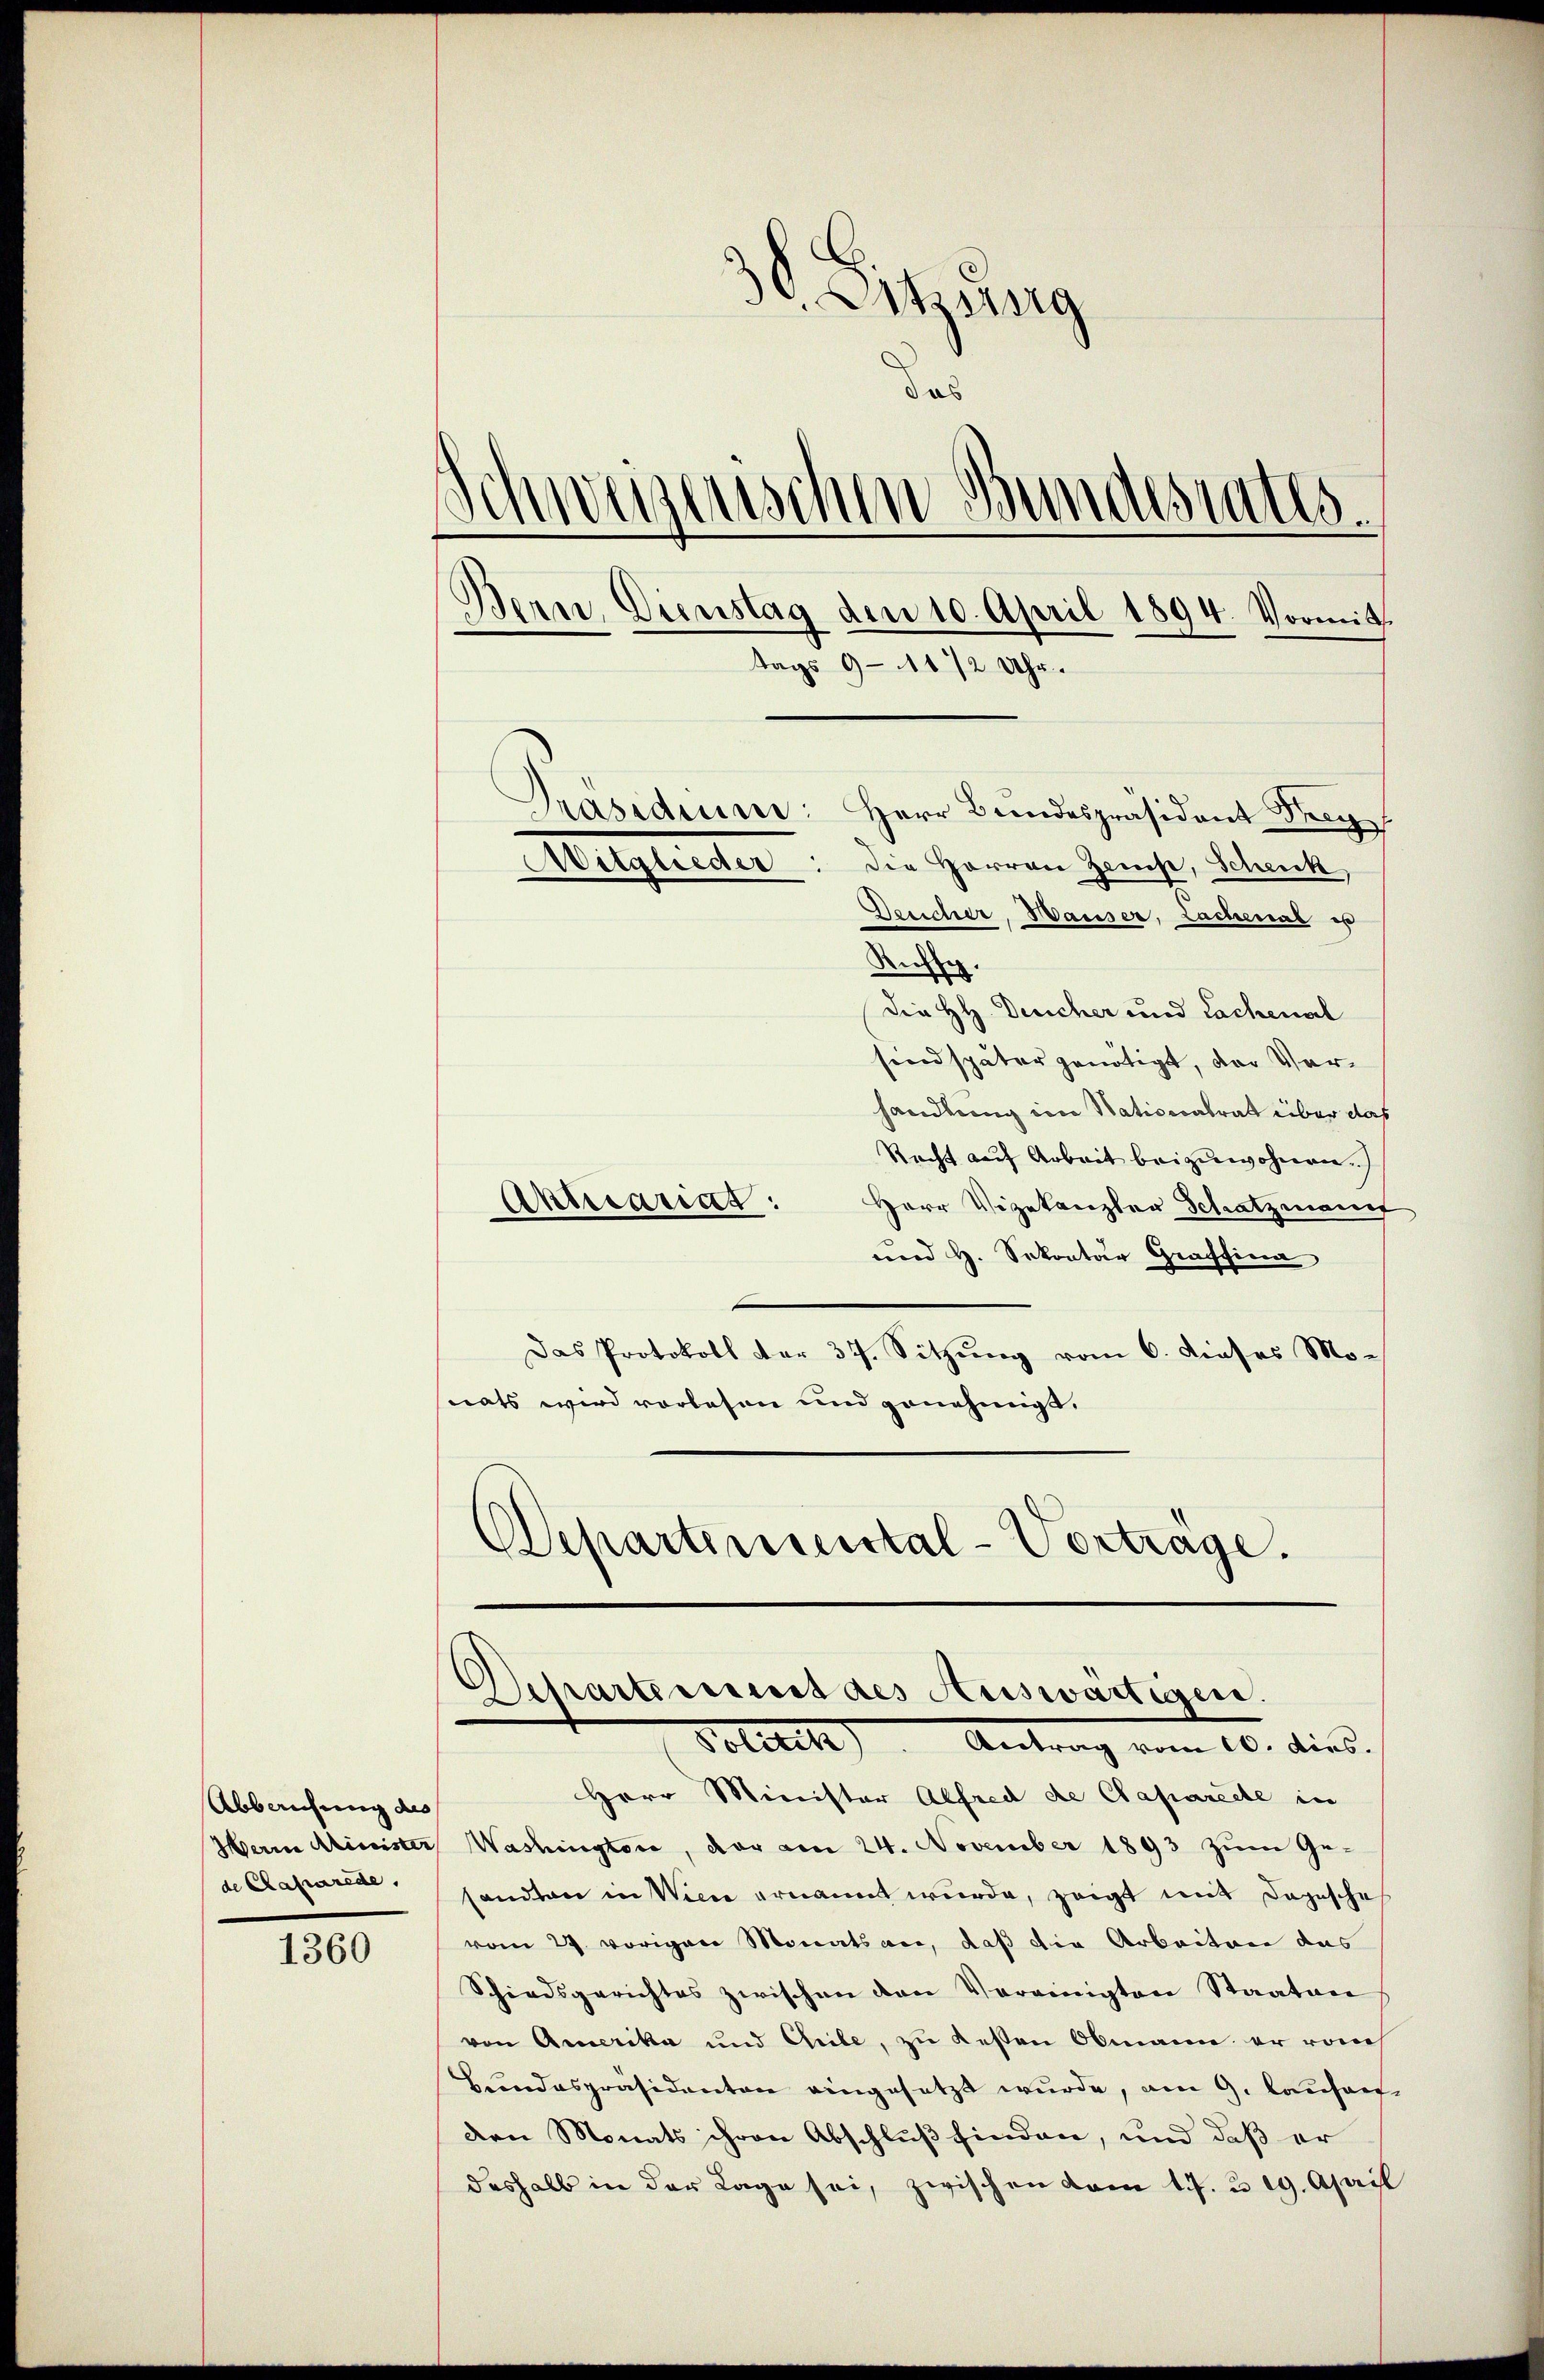
Abbruchung des
Herin Minister
de Classerede,

1360

3. Litzberg
das
B
d
destatte.
Bern, Dienstag den 10. April 1894. Vormitt
tags 9 - 11/2 Uhr.
.
e
Präsidii
Herr Bundespräsident Frey
Aitglieder: die Herren Zeise, Schenk,

Desicher, Hauser, Lachenal es
Ruffg.
die HH. Desicher und Lachenal
sind später genötigt, der Verhandlung im Nationalrat über das
Recht auf Arbeit beizuwohnen.
Aktuariat :
Herr Vizekanzler Schatzmann
und H. Sekontar Graffina
Das Protokoll der 37. Sitzung vom 6. dieses Mo-
nats wird vorlesen und genehmigt.
Departinienstal-Vortrage.

d
chartement des Auswärtigen.
Politik). Antrag vom 20. dies

Herr Minister Alfred de Capariele in
Washington, der am 24. November 1893 zum Gesandten in Wien ernannt wurde, zeigt mit Dojesche
vom 27. vorigen Monats an, daß die Arbeiten das
Schiedsgerichtes zwischen den Vereinigten Staaten
von Amerika und Chile, zu Kessen Obmann er rauch
Hundespräsidenten eingesetzt wurde, am 9. Lausar
den Monats ihren Abschluß finden, und daß er
deshalb in der Lage sei, zwischen vom 17. 319. April